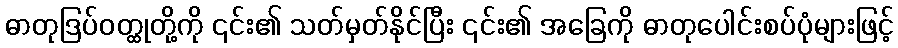
ဓာတုဒြပ်ဝတ္ထုတို့ကို ၎င်း၏ သတ်မှတ်နိုင်ပြီး ၎င်း၏ အခြေကို ဓာတုပေါင်းစပ်ပုံများဖြင့်